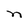
Character: n